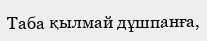
Таба қылмай дұшпанға,